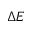
\Delta E